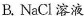
B.NaCl溶液